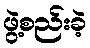
ဖွဲ့စည်းခဲ့